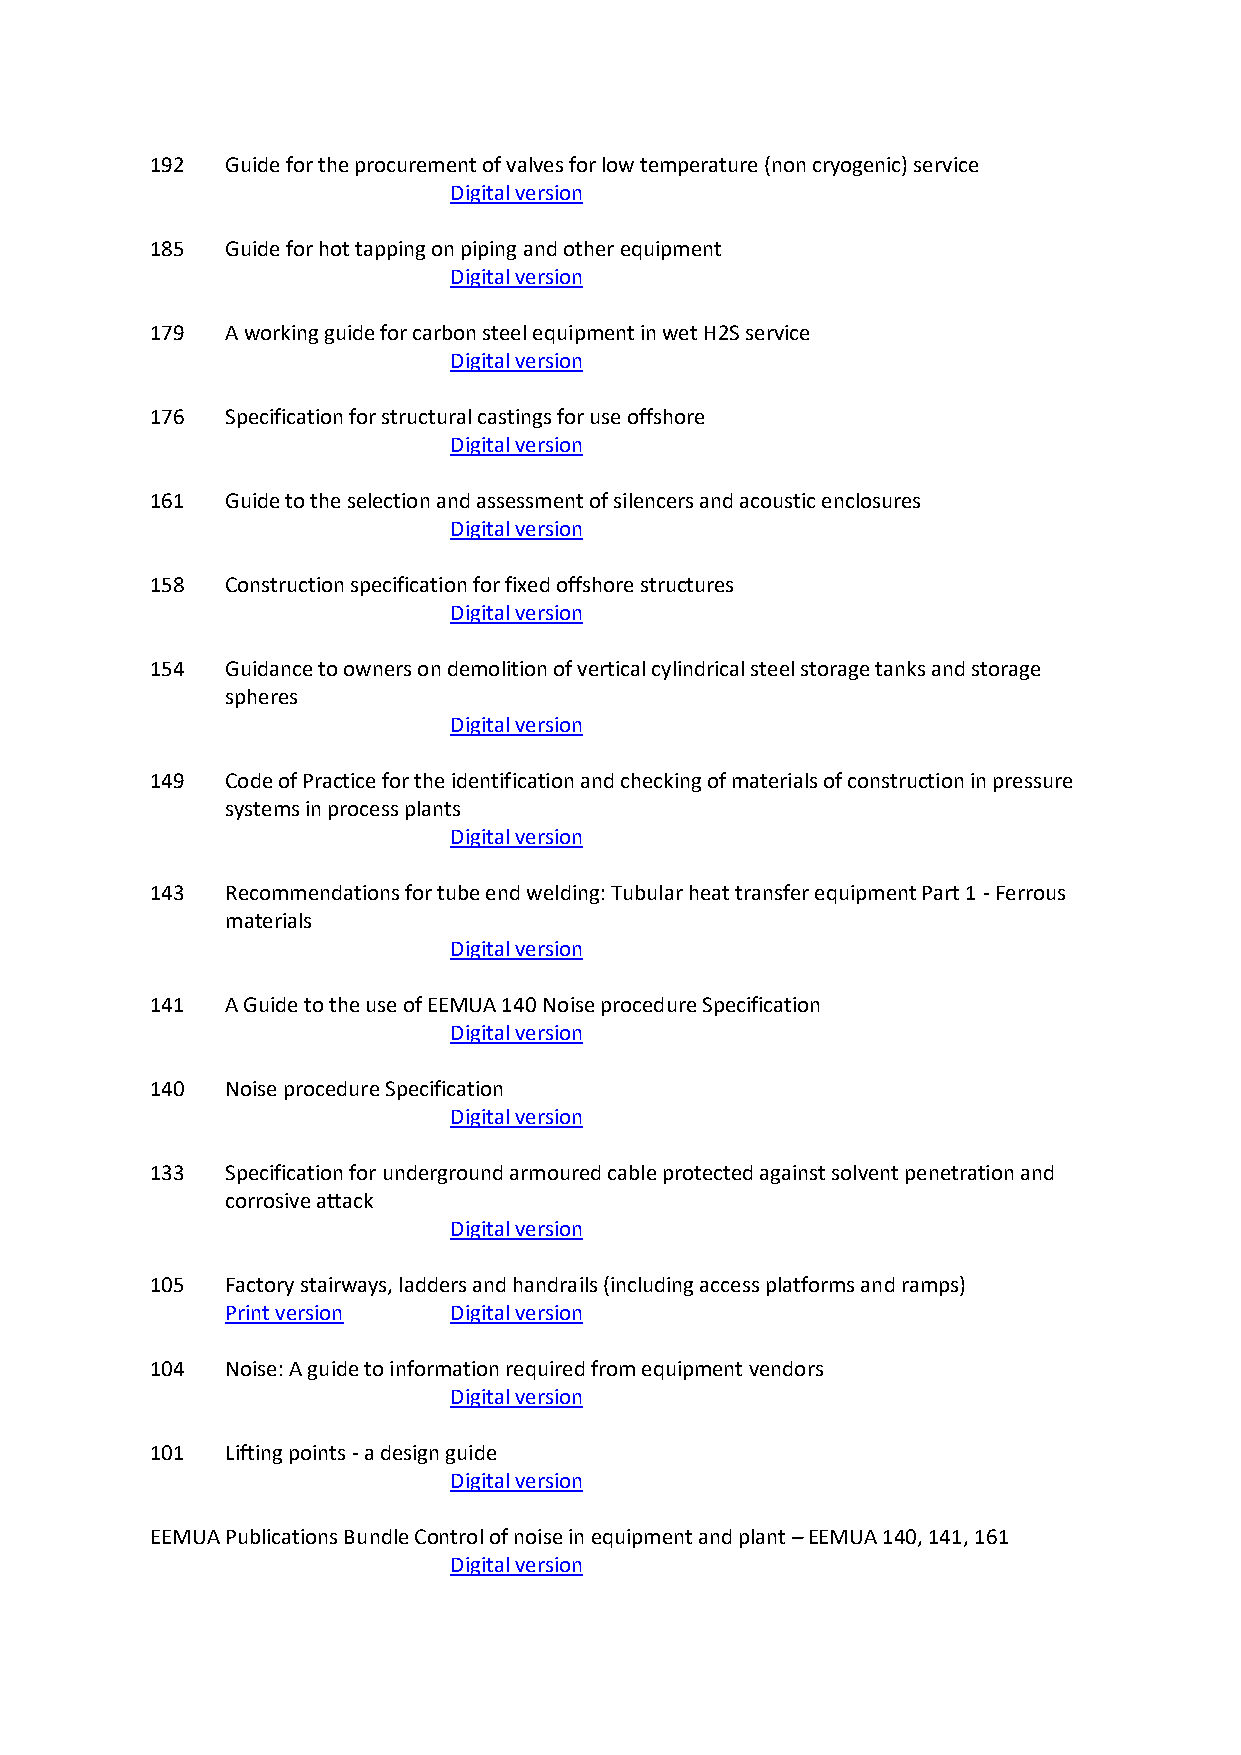
192  Guide for the procurement of valves for low temperature (non cryogenic) service
 Digital version
 185  Guide for hot tapping on piping and other equipment
 Digital version
 179  A working guide for carbon steel equipment in wet H2S service
 Digital version
 176  Specification for structural castings for use offshore
 Digital version
 161  Guide to the selection and assessment of silencers and acoustic enclosures
 Digital version
 158  Construction specification for fixed offshore structures
 Digital version
 154  Guidance to owners on demolition of vertical cylindrical steel storage tanks and storage
 spheres
 Digital version
 149  Code of Practice for the identification and checking of materials of construction in pressure
 systems in process plants
 Digital version
 143  Recommendations for tube end welding: Tubular heat transfer equipment Part 1 - Ferrous
 materials
 Digital version
 141  A Guide to the use of EEMUA 140 Noise procedure Specification
 Digital version
 140  Noise procedure Specification
 Digital version
 133  Specification for underground armoured cable protected against solvent penetration and
 corrosive attack
 Digital version
 105  Factory stairways, ladders and handrails (including access platforms and ramps)
 Print version  Digital version
 104  Noise: A guide to information required from equipment vendors
 Digital version
 101  Lifting points - a design guide
 Digital version
 EEMUA Publications Bundle Control of noise in equipment and plant – EEMUA 140, 141, 161
 Digital version